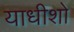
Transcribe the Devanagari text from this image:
याधीशो